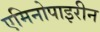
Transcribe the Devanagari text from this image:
एमिनोपाइरीन